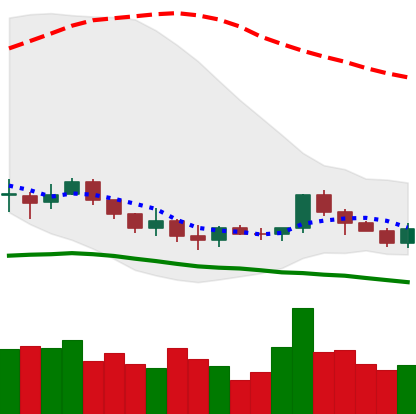
Ticker: LINK-USD
Chart end date: 2019-12-15
Forward return: -7.83%
Label: down_7plus